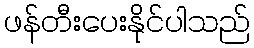
ဖန်တီးပေးနိုင်ပါသည်